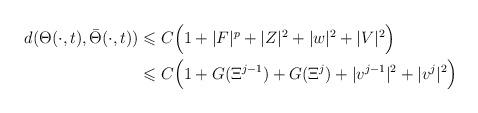
LaTeX: \begin{align*}\begin{aligned}d(\Theta(\cdot,t),\bar{\Theta}(\cdot,t))&\leqslant C \Bigl( 1+|F|^p + |Z|^2+|w|^2+|V|^2\Bigr)\\&\leqslant C \Bigl( 1+G(\Xi^{j-1}) + G(\Xi^{j})+|v^{j-1}|^2 +|v^j|^2\Bigr)\end{aligned}\end{align*}